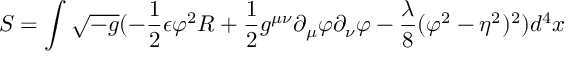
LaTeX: S = \int \sqrt { - g } ( - \frac { 1 } { 2 } \epsilon \varphi ^ { 2 } R + \frac { 1 } { 2 } g ^ { \mu \nu } \partial _ { \mu } \varphi \partial _ { \nu } \varphi - \frac { \lambda } { 8 } ( \varphi ^ { 2 } - \eta ^ { 2 } ) ^ { 2 } ) d ^ { 4 } x